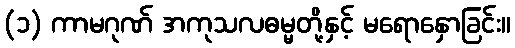
(၁) ကာမဂုဏ် အကုသလဓမ္မတို့နှင့် မရောနှောခြင်း။